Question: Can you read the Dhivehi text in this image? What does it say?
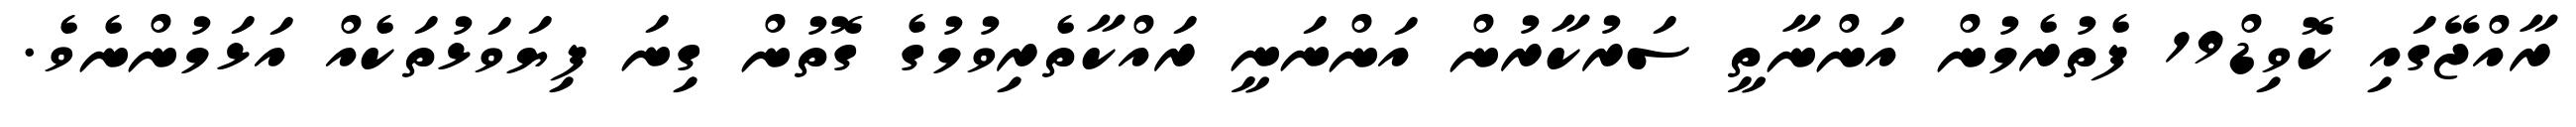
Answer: ރާއްޖޭގައި ކޮވިޑް19 ފެތުރެމުން އަންނާތީ ސަރުކާރުން އަންނަނީ ރައްކާތެރިވުމުގެ ގޮތުން ގިނަ ފިޔަވަޅުތަކެއް އަޅަމުންނެވެ.